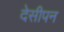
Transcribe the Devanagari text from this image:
देसीपन